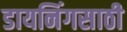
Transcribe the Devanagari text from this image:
डायनिंगसाठी